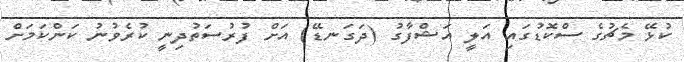
ކުޅޭ މެޗުގެ ސްކޮޑުގައި އަލީ އަޝްފާގު (ދަގަނޑޭ) އަށް ފުރުސަތުދިނީ ކުރެވުނު ކަންކަމަށް